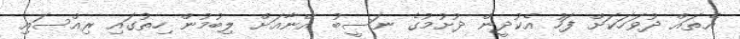
އެތައް ދުވަހަކަށް ފަހު އެކުދީން ދުށުމުގެ ނަސީބު އޭނާއަށް ލިބުމުން ހިތުގައި ރިއްސައި